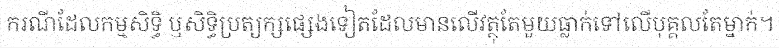
ករណីដែលកម្មសិទ្ធិ ឬសិទ្ធិប្រត្យក្សផ្សេងទៀតដែលមានលើវត្ថុតែមួយធ្លាក់ទៅលើបុគ្គលតែម្នាក់។